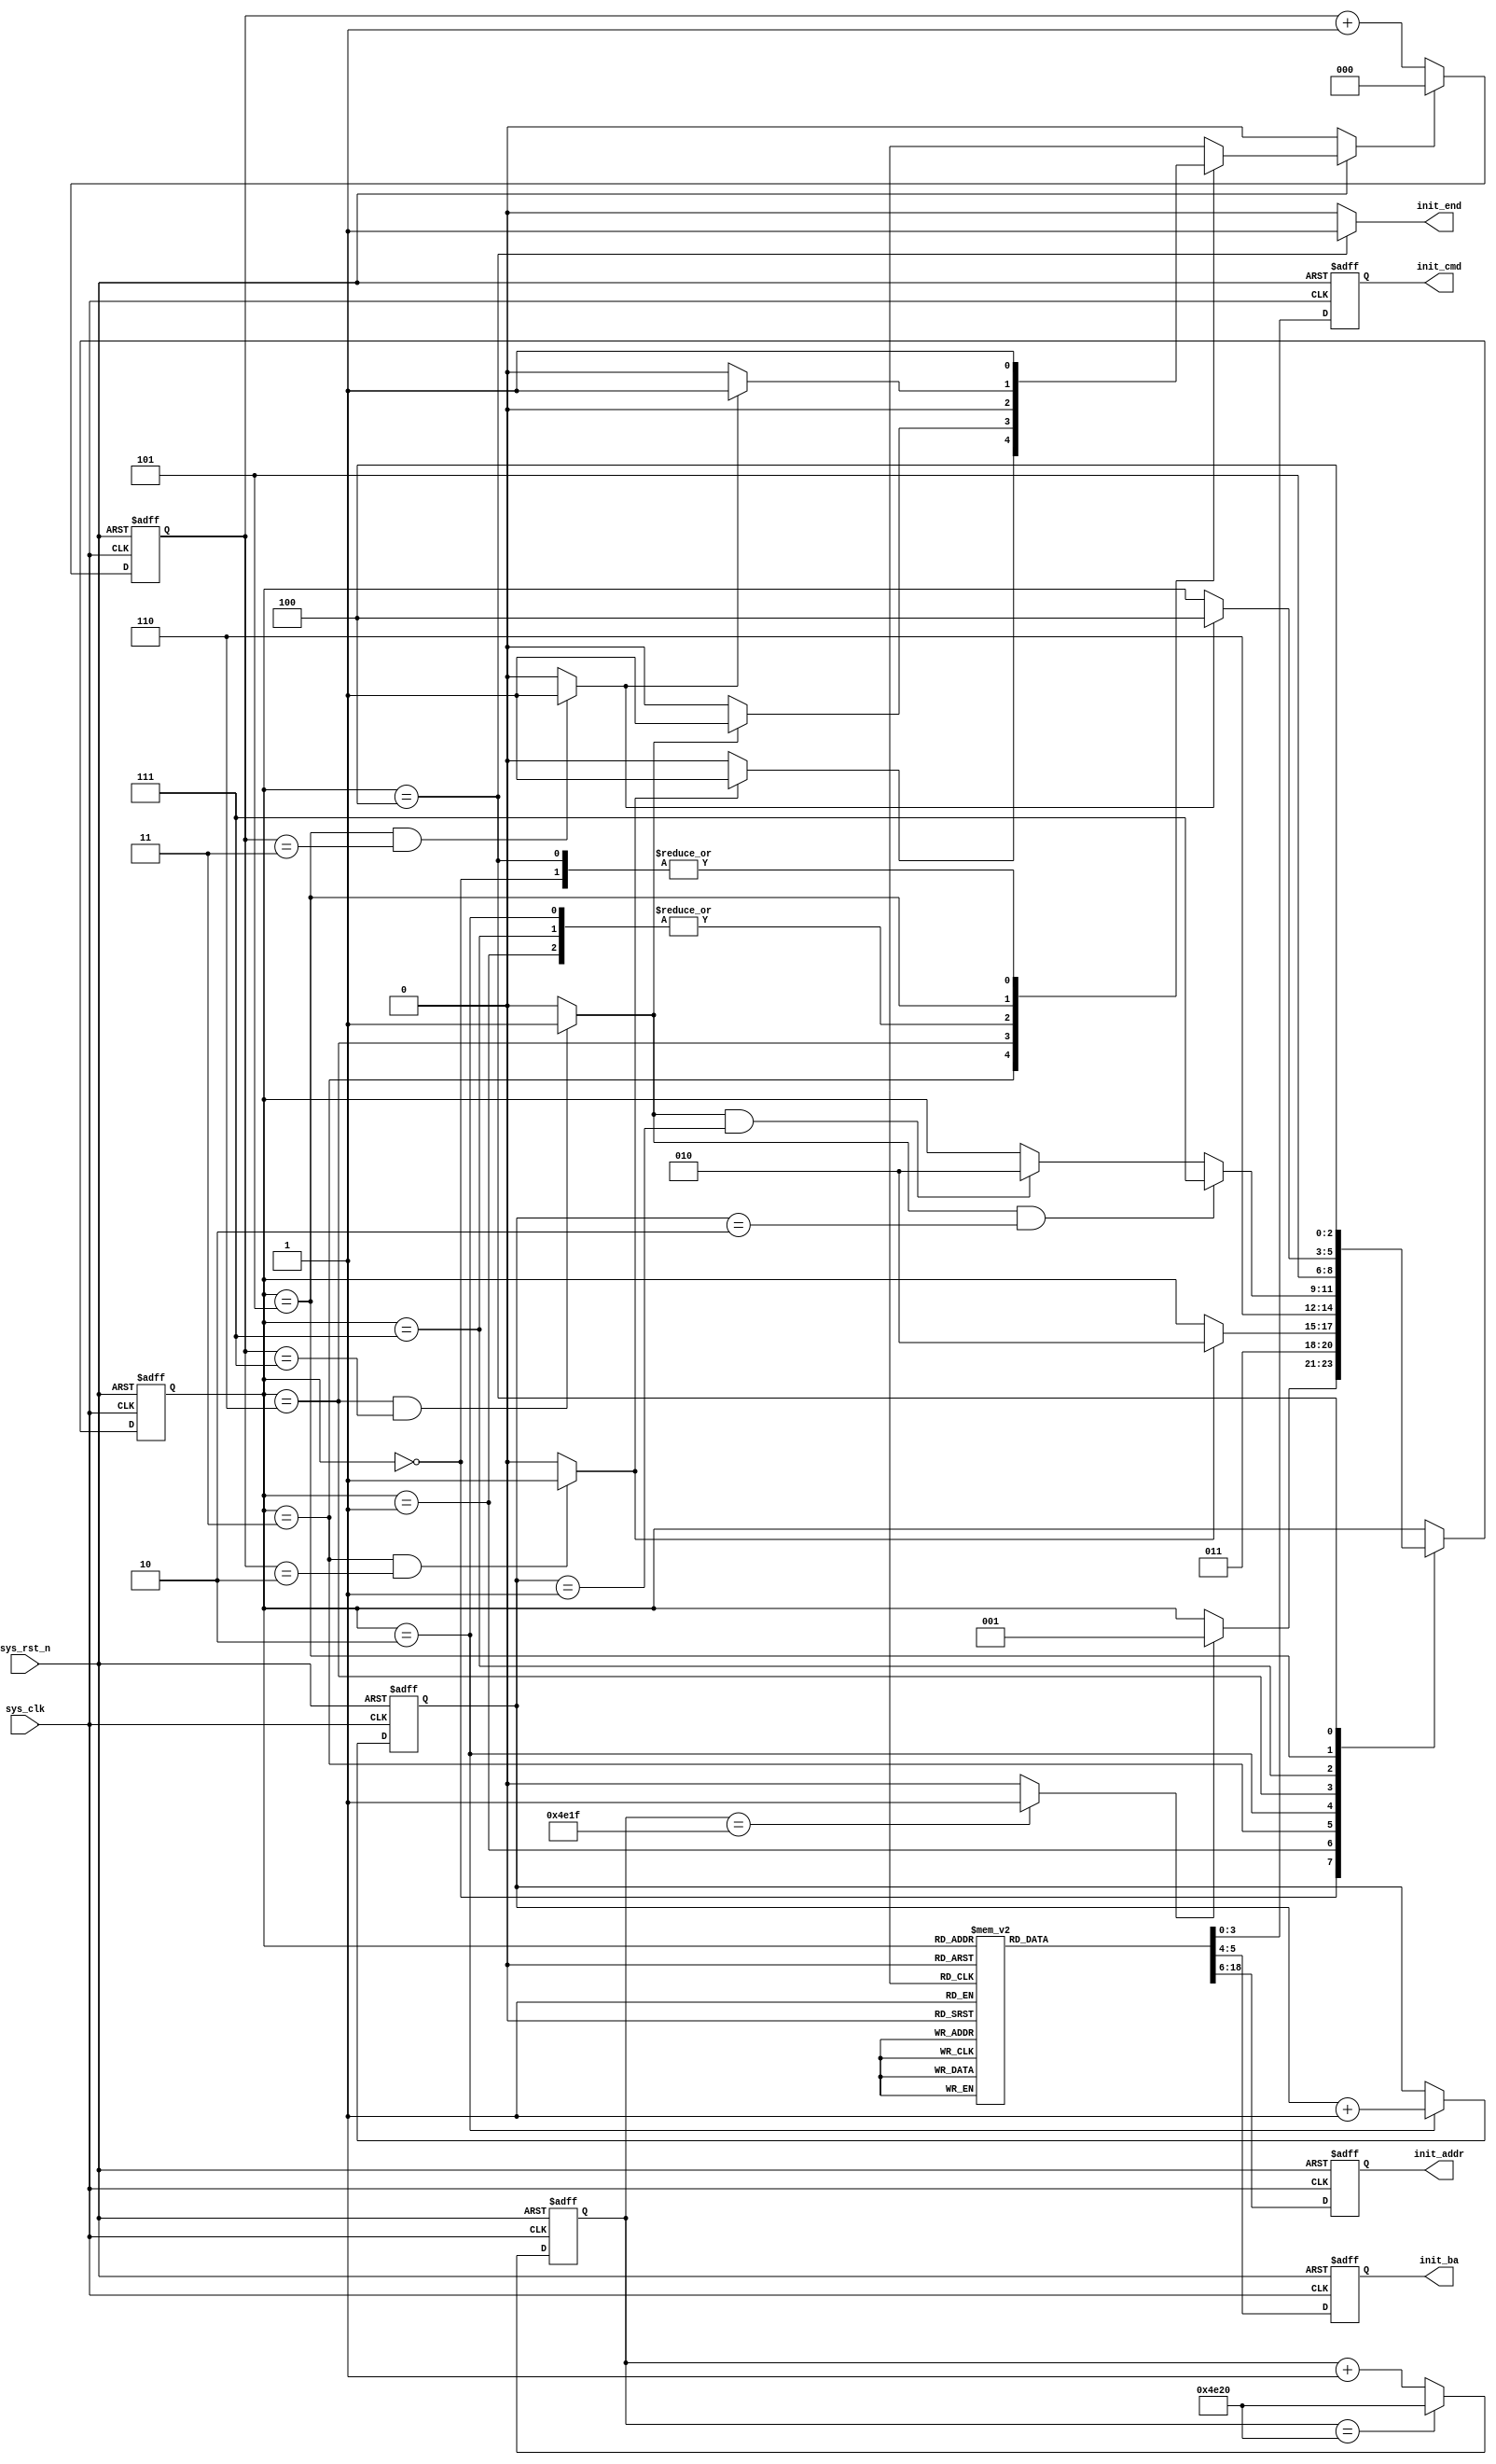
module  sdram_init
(
    input   wire            sys_clk     , // 100MHz clk
    input   wire            sys_rst_n   ,
    
    output  reg     [3:0]   init_cmd    ,
    output  reg     [1:0]   init_ba     ,
    output  reg     [12:0]  init_addr   ,
    output  wire            init_end    
);

parameter   T_POWER     = 15'd20_000;// set to 200 us, (200*1000 ns)/[(1*10^9 ns)/100MHz)],

parameter   NOP         = 4'b0111,
            P_CHARGE    = 4'b0010,
            AUTO_REF    = 4'b0001,
            M_REG_SET   = 4'b0000;

parameter   INIT_IDLE   = 3'b000,
            INIT_PRE    = 3'b001,
            INIT_TRP    = 3'b011,
            INIT_AR     = 3'b010,
            INIT_TRFC   = 3'b110,
            INIT_MRD    = 3'b111,
            INIT_TMRD   = 3'b101,
            INIT_END    = 3'b100;

parameter   TRP_CLK     =   3'd2        ,   //pre-charge wait,20ns
            TRFC_CLK    =   3'd7        ,   //auto-refresh wait,70ns
            TMRD_CLK    =   3'd3        ;   //mode register wait,30ns

wire            wait_end; //
wire            trp_end; //
wire            trfc_end; //
wire            tmrd_end; //

reg     [2:0]   init_state;//
reg     [14:0]  cnt_200us;//
reg     [2:0]   cnt_clk;//
reg             cnt_clk_rst; //
reg     [1:0]   cnt_aref;//

assign wait_end = (cnt_200us == (T_POWER -1)) ? 1'b1 : 1'b0;

assign trp_end = (init_state == INIT_TRP && cnt_clk == TRP_CLK)
                    ? 1'b1 : 1'b0;
assign trfc_end = (init_state == INIT_TRFC && cnt_clk == TRFC_CLK)
                    ? 1'b1 : 1'b0;
assign tmrd_end = (init_state == INIT_TMRD && cnt_clk == TMRD_CLK)
                    ? 1'b1 : 1'b0;


always@(posedge sys_clk or negedge sys_rst_n)
    if(sys_rst_n == 1'b0)
        cnt_clk <= 3'd0;
    else if(cnt_clk_rst == 1'b1)
        cnt_clk <= 3'd0;
    else
        cnt_clk <= cnt_clk + 1'b1;

always@(*)
    if(sys_rst_n == 1'b0)
        cnt_clk_rst <= 1'b0;
    else
        case(init_state)
            INIT_IDLE   : cnt_clk_rst <= 1'b1;
            INIT_PRE    : cnt_clk_rst <= 1'b0;
            INIT_TRP    : cnt_clk_rst <= (trp_end == 1'b1) ? 1'b1 : 1'b0;
            INIT_AR     : cnt_clk_rst <= 1'b0;
            INIT_TRFC   : cnt_clk_rst <= (trfc_end == 1'b1) ? 1'b1 : 1'b0;
            INIT_MRD    : cnt_clk_rst <= 1'b0;
            INIT_TMRD   : cnt_clk_rst <= (tmrd_end == 1'b1) ? 1'b1 : 1'b0;
            INIT_END    : cnt_clk_rst <= 1'b1;
            default:    cnt_clk_rst <= 1'b0;
        endcase


always@(posedge sys_clk or negedge sys_rst_n)
    if(sys_rst_n == 1'b0)
        cnt_200us <= 15'd0;
    else if(cnt_200us == T_POWER)
        cnt_200us <= T_POWER;
    else
        cnt_200us <= cnt_200us + 1'b1;

always@(posedge sys_clk or negedge sys_rst_n)
    if(sys_rst_n == 1'b0)
        cnt_aref <= 2'd0;
    else if(init_state == INIT_AR)
        cnt_aref <= cnt_aref + 1'b1;

always@(posedge sys_clk or negedge sys_rst_n)
    if(sys_rst_n == 1'b0)
        init_state <= INIT_IDLE;
    else
        case(init_state)
            INIT_IDLE   :
                if(wait_end == 1'b1)
                    init_state <= INIT_PRE;
            INIT_PRE    :
                    init_state <= INIT_TRP;
            INIT_TRP    :
                if(trp_end == 1'b1)
                    init_state <= INIT_AR;
            INIT_AR     :
                    init_state <= INIT_TRFC;
            INIT_TRFC   :
                if(trfc_end == 1'b1 && cnt_aref == 2'd2)
                    init_state <= INIT_MRD;
                else if(trfc_end == 1'b1 && cnt_aref == 2'd1)
                    init_state <= INIT_AR;
            INIT_MRD    :
                    init_state <= INIT_TMRD;
            INIT_TMRD   :
                if(tmrd_end == 1'b1)
                    init_state <= INIT_END;
            INIT_END    :
                    init_state <= INIT_END;
            default: init_state <= init_state;
         endcase

always@(posedge sys_clk or negedge sys_rst_n)
    if(sys_rst_n == 1'b0)
        begin
            init_cmd    <= NOP;
            init_ba     <= 2'b11;
            init_addr   <= 13'h1fff;
        end
    else
        case(init_state)
            INIT_IDLE, INIT_TRP, INIT_TRFC, INIT_TMRD, INIT_END:
                begin
                    init_cmd    <= NOP;
                    init_ba     <= 2'b11;
                    init_addr   <= 13'h1fff;
                end
            INIT_PRE    :
                begin
                    init_cmd    <= P_CHARGE;
                    init_ba     <= 2'b11;
                    init_addr   <= 13'h1fff;
                end
            INIT_AR     :
                begin
                    init_cmd    <= AUTO_REF;
                    init_ba     <= 2'b11;
                    init_addr   <= 13'h1fff;
                end
            INIT_MRD    :
                begin
                    init_cmd    <= M_REG_SET;
                    init_ba     <= 2'b00;
                    init_addr   <=
                    {    
                        3'b000,     //A12-A10:Reserve
                        1'b0,       //A9=0:write & read are burst.
                        2'b00,      //{A8,A7}=00:standard mode, default.
                        3'b011,     //{A6,A5,A4}=011:CAS latency, 011 = 3 clocks.
                        1'b0,       //A3=0: burst type, 0 = sequential.
                        3'b111      //{A2,A1,A0}=111: burst length.
                                    //010:4 bytes,011:8 bytes,111:full page.
                    };
                end
            default: 
                begin
                    init_cmd    <= NOP;
                    init_ba     <= 2'b11;
                    init_addr   <= 13'h1fff;
                end
         endcase

assign init_end = (init_state == INIT_END) ? 1'b1 : 1'b0;

endmodule